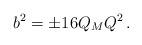
LaTeX: \begin{align*}b^2=\pm 16 Q_MQ^2 \, . \end{align*}